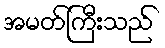
အမတ်ကြီးသည်